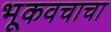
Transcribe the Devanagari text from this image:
भूकवचाचा